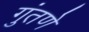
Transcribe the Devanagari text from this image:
गुंतणे